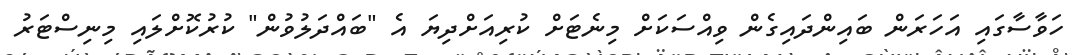
ހަވާސާގައި އަހަރަން ބައިންދައިގެން ވިއްސަކަށް މިނެޓަށް ކުރިއަށްދިޔަ އެ "ބައްދަލުވުން" ކުރުކޮށްލައި މިނިސްޓަރު